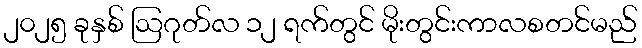
၂၀၂၅ ခုနှစ် ဩဂုတ်လ ၁၂ ရက်တွင် မိုးတွင်းကာလစတင်မည်